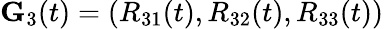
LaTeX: {\mathbf G}_{3}(t)=(R_{31}(t),R_{32}(t),R_{33}(t))